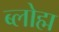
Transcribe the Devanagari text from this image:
ब्लोह्म